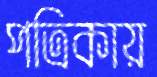
পত্রিকায়